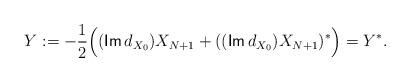
LaTeX: \begin{align*}Y:=-\frac12\Bigl((\mathsf{Im}\,d_{X_0})X_{N+1}+((\mathsf{Im}\,d_{X_0})X_{N+1})^*\Bigr)=Y^*.\end{align*}